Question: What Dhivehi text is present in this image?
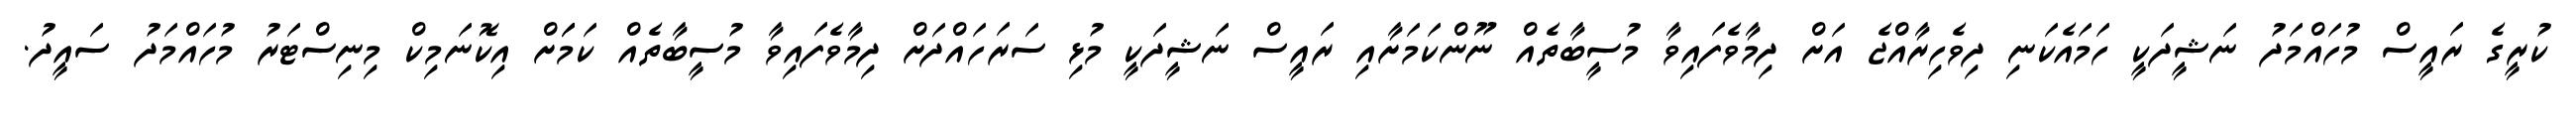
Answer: ކުރީގެ ރައީސް މުހައްމަދު ނަޝީދަކީ ހަމައެކަނި ދިވެހިރާއްޖެ އަށް ދިމާވެފައިވާ މުސީބާތެއް ނޫންކަމަށާއި ރައީސް ނަޝީދަކީ މުޅި ސަރަހައްދަށް ދިމާވެފައިވާ މުސީބާތެއް ކަމަަށް އިކޮނަމިކް މިނިސްޓަރު މުހައްމަދު ސައީދު.